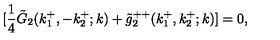
[ { \frac { 1 } { 4 } } \tilde { G } _ { 2 } ( k _ { 1 } ^ { + } , - k _ { 2 } ^ { + } ; k ) + \tilde { g } _ { 2 } ^ { + + } ( k _ { 1 } ^ { + } , k _ { 2 } ^ { + } ; k ) ] = 0 ,